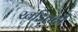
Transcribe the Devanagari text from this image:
खंडितही